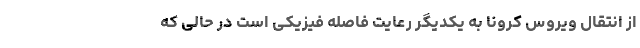
از انتقال ویروس کرونا به یکدیگر رعایت فاصله فیزیکی است در حالی که